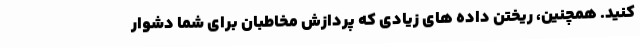
کنید. همچنین، ریختن داده های زیادی که پردازش مخاطبان برای شما دشوار